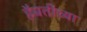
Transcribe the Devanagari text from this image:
हैबतींच्या